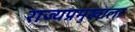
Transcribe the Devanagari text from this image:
राज्यप्रमुखाला